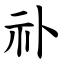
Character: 䃼